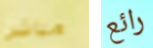
مباشرا رائع